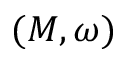
( M , \omega )